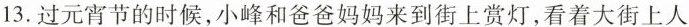
13.过元宵节的时候，小峰和爸爸妈妈来到街上赏灯，看着大街上人